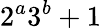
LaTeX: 2^{a}3^{b}+1